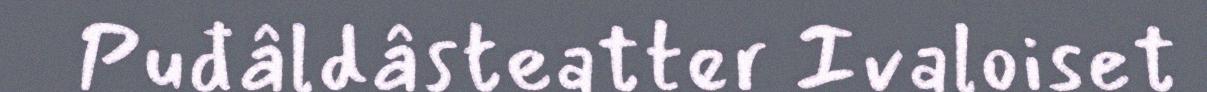
Puđâldâsteatter Ivaloiset